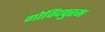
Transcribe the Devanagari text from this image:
गोविंदपुरम